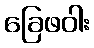
ခြေဖဝါး